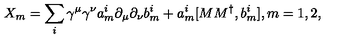
X _ { m } = \sum _ { i } \gamma ^ { \mu } \gamma ^ { \nu } a _ { m } ^ { i } \partial _ { \mu } \partial _ { \nu } b _ { m } ^ { i } + a _ { m } ^ { i } [ M M ^ { \dag } , b _ { m } ^ { i } ] , m = 1 , 2 ,